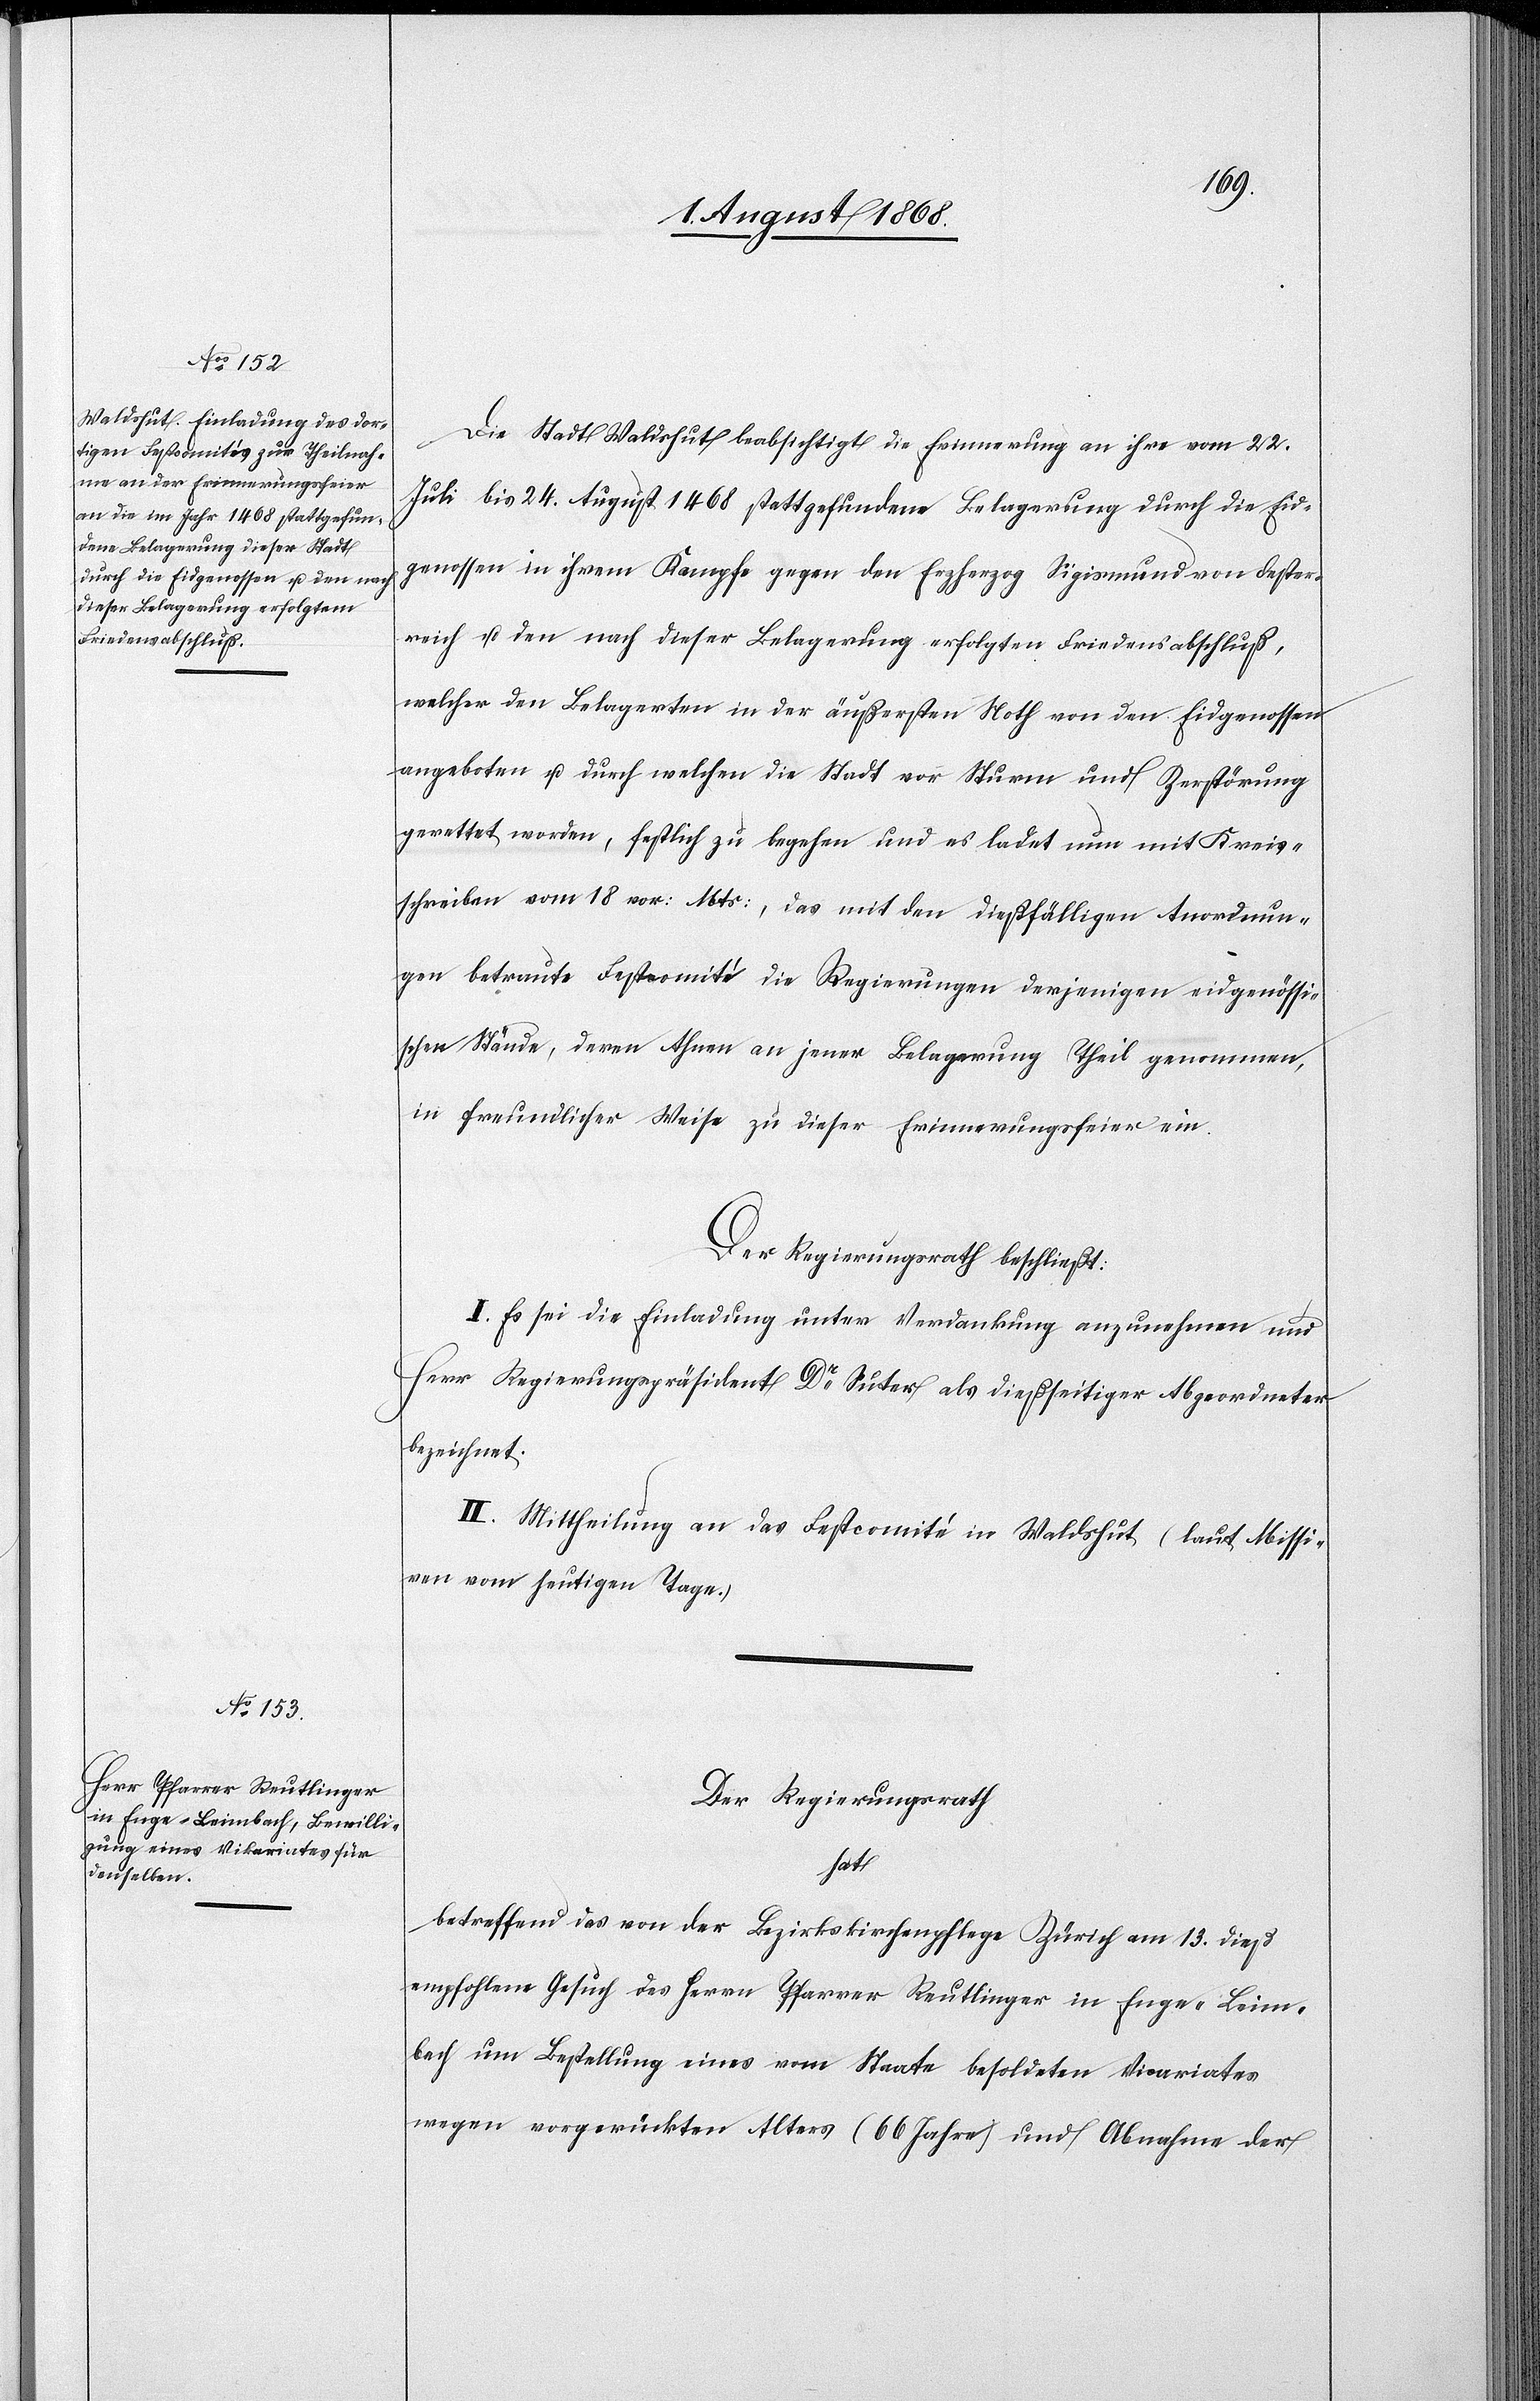
Die Stadt Waldshut beabsichtigt die Erinnerung an ihre vom 22.
Juli bis 24. August 1468 stattgefundene Belagerung durch die Eid¬
genossen in ihrem Kampfe gegen den Erzherzog Sigismund von Oester¬
reich u. den nach dieser Belagerung erfolgten Friedensabschluß,
welcher den Belagerten in der äußersten Noth von den Eidgenossen
angeboten u. durch welchen die Stadt vor Sturm und Zerstörung
gerettet worden, festlich zu begehen und es ladet nun mit Kreis¬
schreiben vom 18 vor: Mts:, das mit den dießfälligen Anordnun¬
gen betraute Festcomité die Regierungen derjenigen eidgenössi¬
schen Stände, deren Ahnen an jener Belagerung Theil genommen,
in freundlicher Weise zu dieser Erinnerungsfeier ein.
Der Regierungsrath beschließt:
I. Es sei die Einladung unter Verdankung anzunehmen und
Herr Regierungspräsident Dr Suter als dießseitiger Abgeordneter
bezeichnet.
II. Mittheilung an das Festcomité in Waldshut (laut Missi¬
ven vom heutigen Tage.)
Der Regierungsrath
hat
betreffend das von der Bezirkskirchenpflege Zürich am 13. dieß
empfohlene Gesuch des Herrn Pfarrer Reutlinger in Enge - Leim¬
bach um Bestellung eines vom Staate besoldeten Vicariates
wegen vorgerückten Alters (66 Jahre) und Abnahme der